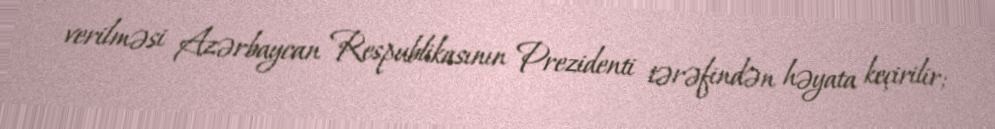
verilməsi Azərbaycan Respublikasının Prezidenti tərəfindən həyata keçirilir;